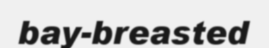
bay-breasted